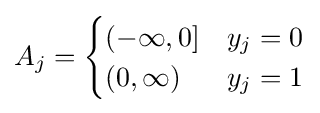
A_{j}={\begin{cases}(-\infty ,0]&y_{j}=0\\(0,\infty )&y_{j}=1\end{cases}}